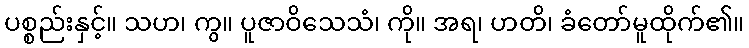
ပစ္စည်းနှင့်။ သဟ၊ ကွ။ ပူဇာဝိသေသံ၊ ကို။ အရ၊ ဟတိ၊ ခံတော်မူထိုက်၏။